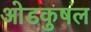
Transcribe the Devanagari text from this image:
ओडकुषल